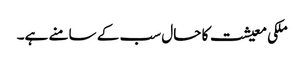
ملکی معیشت کا حال سب کے سامنے ہے۔